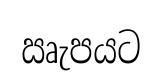
ඍැපයට